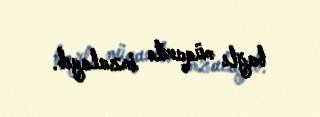
bağlı müqavilə imzalayıb.